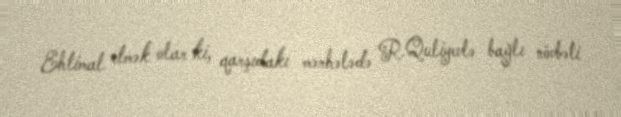
Ehtimal etmək olar ki, qarşıdakı mərhələdə R.Quliyevlə bağlı növbəti